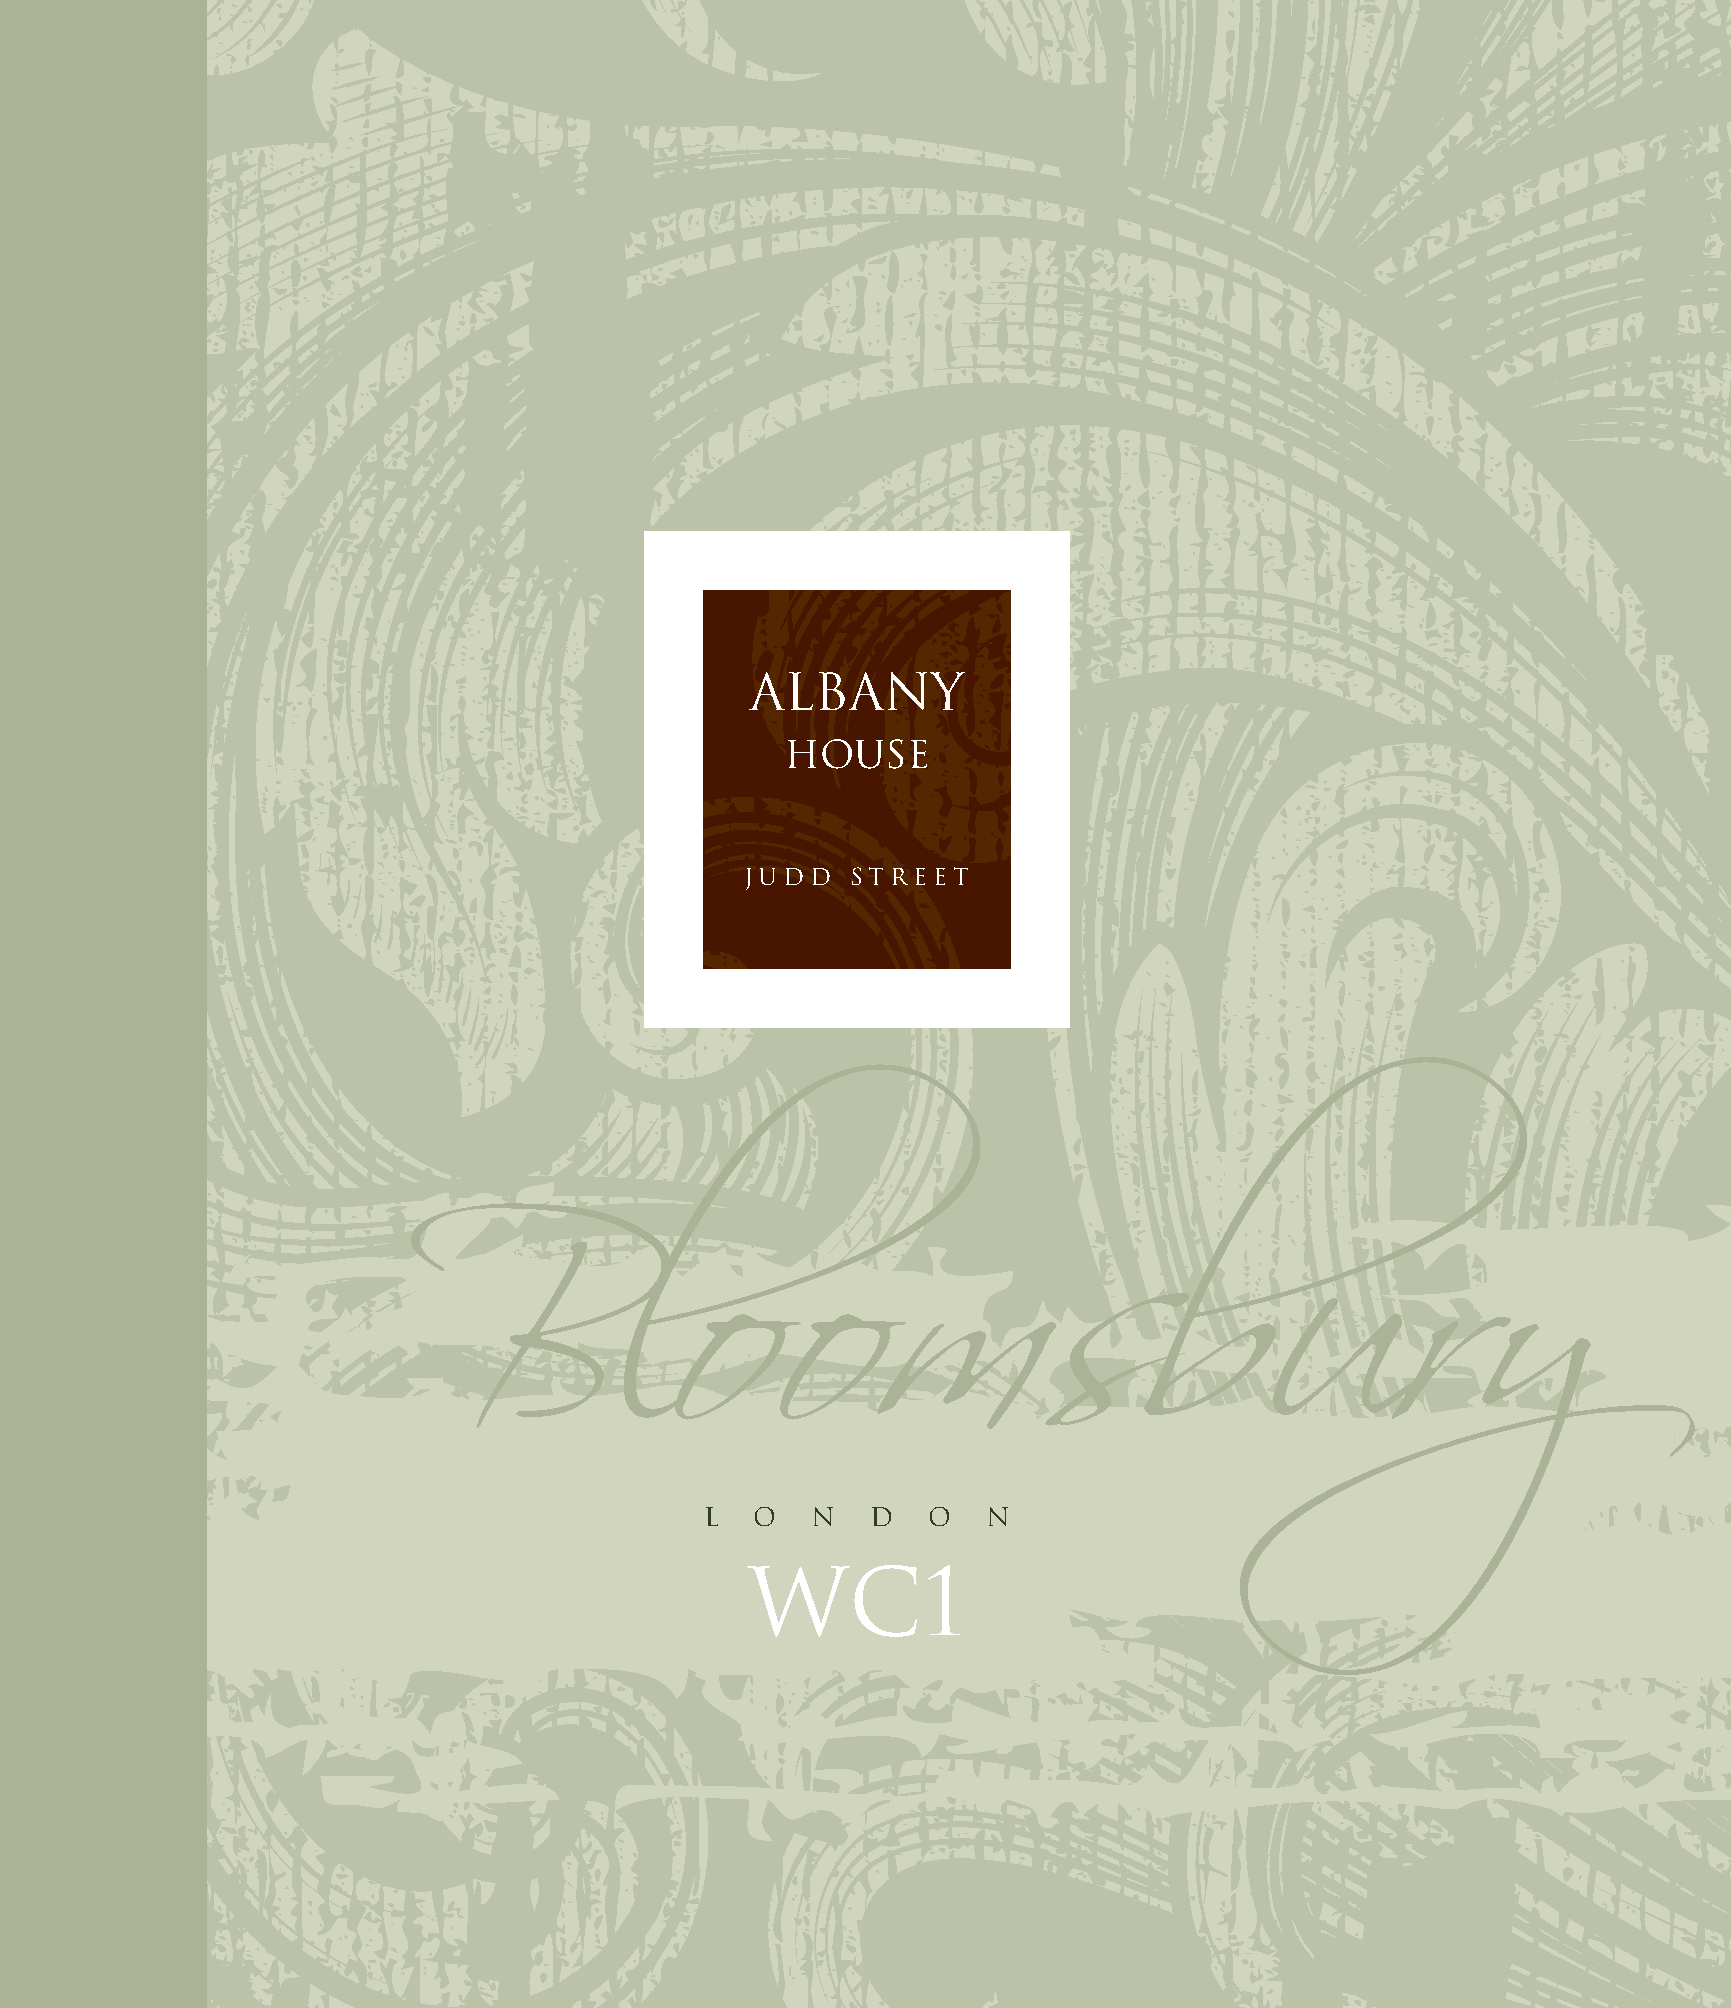
ALBANY
 HOUSE
 JUDD   STREET
 Bl           oomsbury
 L  O   N   D  O   N
 WC1